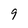
Character: 9